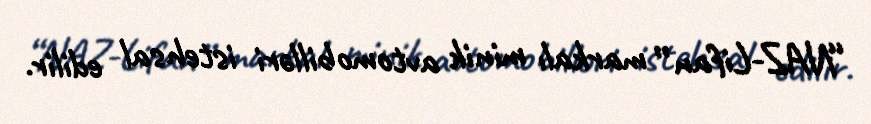
“NAZ-Lifan” markalı minik avtomobilləri istehsal edilir.